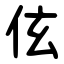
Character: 伭